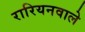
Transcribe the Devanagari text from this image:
रारियनवाले